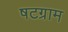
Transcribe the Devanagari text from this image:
षटग्राम